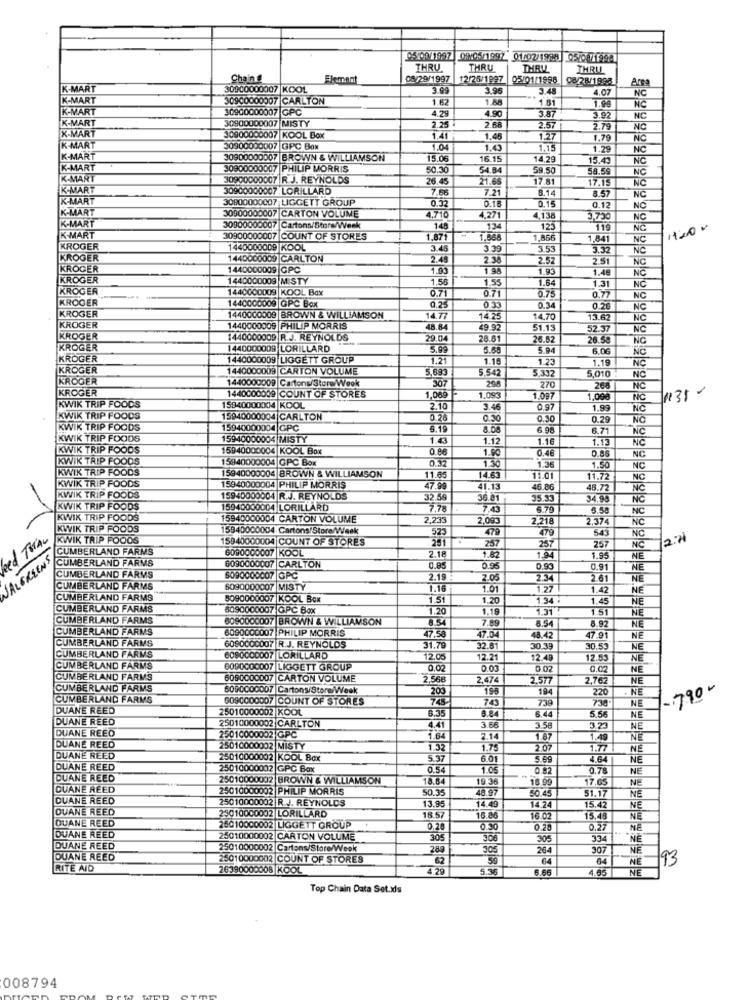
05:00/1997 09:05/1997 01/02/1998 05/0811998
THRU
THRU
THRU
THRU
Chain #
Element
08/29/1997
12/26/1997
05/01/1988
08/28/1998
K-MART
30900000007 |KOOL
3.99
3.96
3.48
4.07
Are
NC
K-MART
30900000007 CARLTON
1.62
1.88
K-MART
30900000007 GPC
4.29
4.90
1.81
NC
K-MART
30900000007 MISTY
2.25
3.87
3.92
NC
X-MART
2 68
2.57
2.79
NC
30900000007 KOOL Box
1.41
1.46
1.27
1.79
K-MART
30900000007 GPC Box
104
1.43
1.15
1.29
NC
K-MART
30900000007 BROWN & WILLIAMSON
15.06
16.15
14,2
15.43
NC
K-MART
30900000007 PHILIP MORRIS
50.30
54.B
59.50
58.59
NC
K-MART
30900000007 R. J. REYNOLDS
26.45
21.65
17.81
NO
K-MART
30900000007 LORILLARD
7.65
7.21
8.14
17.15
8.57
K-MART
30900000007 LIGGETT GROUP
0.16
0.15
NC
K-MART
30900000007 CARTON VOLUME
0.32
0.12
NO
K-MART
4,271
4,138
5,730
30900000007 Cartons/Stors/Week
148
134
125
119
NC
1120 -
K-MART
30900000007 COUNT OF STORES
1.871
1.568
,866
1,841
NC
KROGER
1440000009 KOOL
3.48
3.39
3.53
3.32
KROGER
1440000009 CARLTON
2.45
2.38
2.52
2.51
NG
KROGER
1440000009 GPC
1.03
1.98
1.93
1.48
NC
KROGER
1440000009 MISTY
1.55
1.53
1.84
KROGER
1440000009|KOOL Bax
0.71
0.71
1.31
NO
KROGER
0.75
0.7
NC
KROGER
440000009 GPC Box
0,25
0 35
0.34
0.20
NC
1440000008 BROWN & WILLIAMSON
14.77
14 25
14.70
15.62
NC
KROGER
1440000009 PHILIP MORRIS
48.84
49 .92
51.13
52.37
NC
KROGER
1440000009 R.J. REYNOLDS
29.04
28.61
26.82
26.58
NC
KROGER
1440000009 LORILLARD
5.68
5.94
6.06
KROGER
1440000009 LIGGETT GROUP
1.21
1.15
1.23
1.19
NO
INC
KROGER
1440000009 CARTON VOLUME
5,69
5.542
5.332
KROGER
1440000009 Cartons/Store/Week
270
5,010
NO
KROGER
307
208
268
NC
135 -
KWIK TRIP FOODS
1440000009 COUNT OF STORES
1,000
1.093
1.097
1,00€
15340000(XM KOOL
2.10
3.46
0.97
1.99
NC
KWIK TRIP FOODS
15940000004 CARLTON
0.26
0.30
0.30
0.29
KWIK TRIP FOODS
15940000004 GPC
8.19
8.08
6 96
6.71
INC
KWIK TRIP FOODS
15940000004 MISTY
1.43
1.12
1.16
1.13
NC
KWIK TRIP FOODS
15940000004 KOOL Box
0.86
1.90
0.46
NC
KWIK TRIP FOODS
15840000004 GPC Box
0.32
0.85
KWIK TRIP FOODS
15940000004 BROWN & WILLIAMSON
1.30
1.36
1.50
NC
1.65
1463
11.01
11.72
NC
KWIK TRIP FOODS
15940000004 PHILIP MORRIS
17.99
41.13
46.86
46.72
NC
KWIK TRIP FOODS
15940000004 R.J. REYNOLDS
32 59
36.81
15.33
34.98
KWIK TRIP FOODS
15940000004 LORILLARD
7.78
7.43
6.79
6.58
NC
KWIK TRIP FOODS
15940000004 CARTON VOLUME
2,233
2,093
2.218
2.374
NC
KWIK TRIP FOODS
15940000004. Cartons/Store/Week
523
479
479
543
ed THAN
KWIK TRIP FOODS
15940000004 COUNT OF STORES
257
257
NC
2:20
CUMBERLAND FARMS
6090000007 |KOOL
257
NC
WALGREENS
2.18
1.82
94
1.95
NE
CUMBERLAND FARMS
6090000007 |CARLTON
0.85
09
0.91
NE
CUMBERLAND FARMS
5090000007 GPC
2.19
2.05
2.34
2.61
NE
CUMBERLAND FARMS
6090000007 MISTY
1.16
1.01
1.27
1.42
NE
CUMBERLAND FARMS
5090000007 KOOL Box
1.51
1.20
1.34
1.45
NE
CUMBERLAND FARMS
5090000007 GPC Box
1.20
1.19
1.31
1.51
NE
CUMBERLAND FARMS
6090000007 BROWN & WILLIAMSON
8.54
8.54
8.92
CUMBERLAND FARMS
6090000007 PHILIP MORRIS
7.69
NE
CUMBERLAND FARMS
47,58
47.04
48.42
47.91
NE
6090000007 R.J. REYNOLDS
31.79
32.81
30.39
30.53
NE
CUMBERLAND FARMS
6090000007 LORILLARD
12.05
12.21
12.49
12.53
NE
CUMBERLAND FARMS
6090000007 LIGGETT GROUP
0.02
0.03
0.02
0.02
NE
CUMBERLAND FARMS
6090000007 CARTON VOLUME
2.566
2.474
2.577
2,762
NE
CUMBERLAND FARMS
6090000007 Cartons/Store/Week
200
195
194
220
790-
CUMBERLAND FARMS
G090000007 COUNT OF STORES
745
743
736
NE
DUANE REED
5010000002 |KOOL
739
DUANE REED
25010000002 CARLTON
6.35
8.84
6.44
5.56
NE
DUANE REED
44
3.66
3.58
3.23
NE
25010000002|GPC
1.64
2.14
1.67
1.49
NE
DUANE REED
25010000002 MISTY
1.32
1.75
2.07
1.77
NE
DUANE REED
25010000002 KOOL Box
5.37
6.01
5.69
4.64
NE
DUANE REED
5010000002 GPC Box
0.54
1.05
0.82
0.78
NE
DUANE REED
25010000002 BROWN & WILLIAMSON
18.84
19.36
18 90
17.65
NE
DUANE REED
25010000002 PHILIP MORRIS
50.35
49 97
50.45
51.17
DUANE REED
25010000002 R.J. REYNOLDS
13.95
NE
DUANE REED
25010000002 LORILLARD
14.49
14.24
15.42
NE
DUANE REED
18.57
16.86
16.02
15.48
NE
25010000002 LIGGETT GROUP
0.28
0.30
0.28
0.27
NE
DUANE REED
25010000002 CARTON VOLUME
305
308
305
334
NĚ
DUANE REED
25010000002 Cartons/Store/Week
289
305
264
30
NĚ
DUANE REED
25010000002 COUNT OF STORES
62
50
64
NE
93
RITE AID
26390000008 KOOL
4.29
5.30
6.66
4.65
NE
Top Chain Data Set.xls
008794